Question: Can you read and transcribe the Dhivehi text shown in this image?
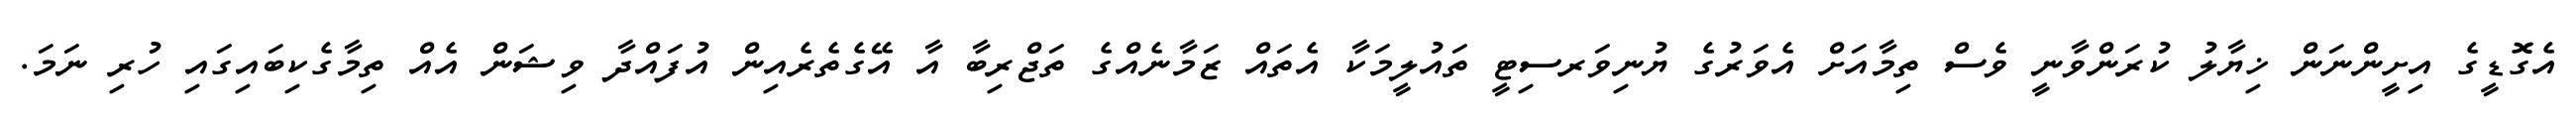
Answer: އެގޮޑީގެ އިށީންނަން ޚިޔާލު ކުރަންވާނީ ވެސް ތިމާއަށް އެވަރުގެ ޔުނިވަރސިޓީ ތައުލީމަކާ އެތައް ޒަމާނެއްގެ ތަޖްރިބާ އާ އޭގެތެރެއިން އުފައްދާ ވިޝަން އެއް ތިމާގެކިބައިގައި ހުރި ނަމަ.